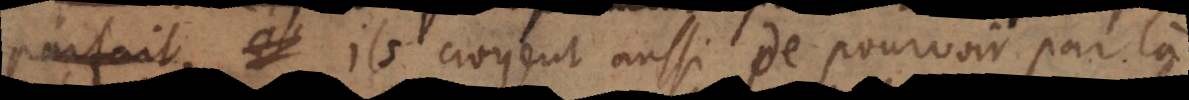
parfais. Ils croyent aussi de pourvoir par là